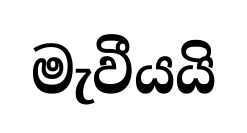
මැවීයයි